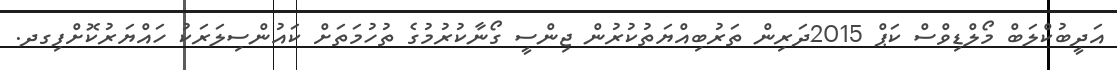
އަދީބުކްލަބް މޯލްޑިވްސް ކަޕް 2015ދަރިން ތަރުބިއްޔަތުކުރުން ޖިންސީ ގޯނާކުރުމުގެ ތުހުމަތަށް ކައުންސިލަރަކު ހައްޔަރުކޮށްފިގދ.